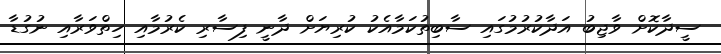
ސީދާކޮށް ވާޖިބު އަދާކުރުމުގައި ސާބިތުކަމާއެކު ކުރިޔަށް ދާނީ ފިސާރި ކެރުމާއި ހިތްވަރާއި ނުގުޑާ